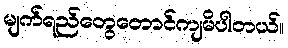
မျက်ရည်တွေတောင်ကျမိပါတယ်။